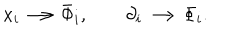
LaTeX: \begin{array} { l } { { x _ { i } \longrightarrow \bar { \Phi } _ { i } , \qquad \partial _ { i } \longrightarrow \Phi _ { i } . } } \\ \end{array}